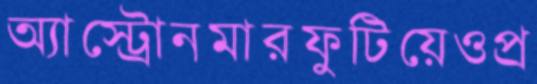
অ্যাস্ট্রোনমারফুটিয়েওপ্র